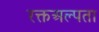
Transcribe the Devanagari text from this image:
रक्तअल्पता